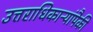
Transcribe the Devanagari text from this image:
उत्तराधिकाऱ्यांपैकी